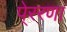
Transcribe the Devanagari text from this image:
पे्ररणा